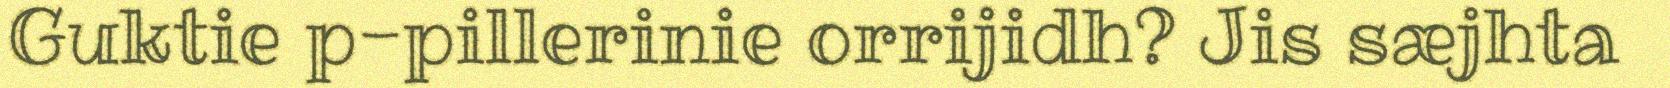
Guktie p-pillerinie orrijidh? Jis sæjhta